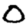
Digit: 0